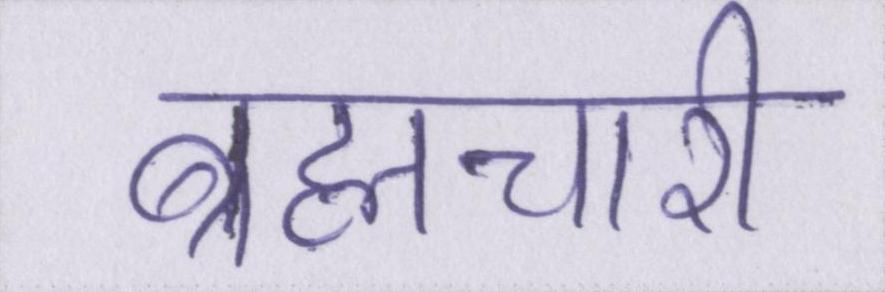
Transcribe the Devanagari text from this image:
ब्रह्मचारी